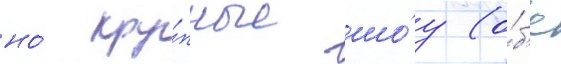
но́ кру́пные шо́у (о́б'е